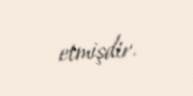
etmişdir.